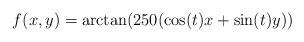
LaTeX: \begin{align*}f(x,y)=\arctan(250(\cos(t)x+\sin(t)y))\end{align*}